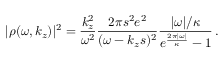
| \rho ( \omega , k _ { z } ) | ^ { 2 } = \frac { k _ { z } ^ { 2 } } { \omega ^ { 2 } } \frac { 2 \pi s ^ { 2 } e ^ { 2 } } { ( \omega - k _ { z } s ) ^ { 2 } } \frac { | \omega | / \kappa } { e ^ { \frac { 2 \pi | \omega | } { \kappa } } - 1 } \, .